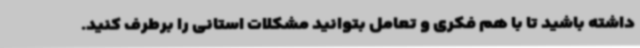
داشته باشید تا با هم فکری و تعامل بتوانید مشکلات استانی را برطرف کنید.